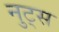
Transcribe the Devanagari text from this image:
नुट्स